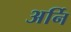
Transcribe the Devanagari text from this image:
अर्नि